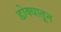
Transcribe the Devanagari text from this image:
डोक्‍यातून